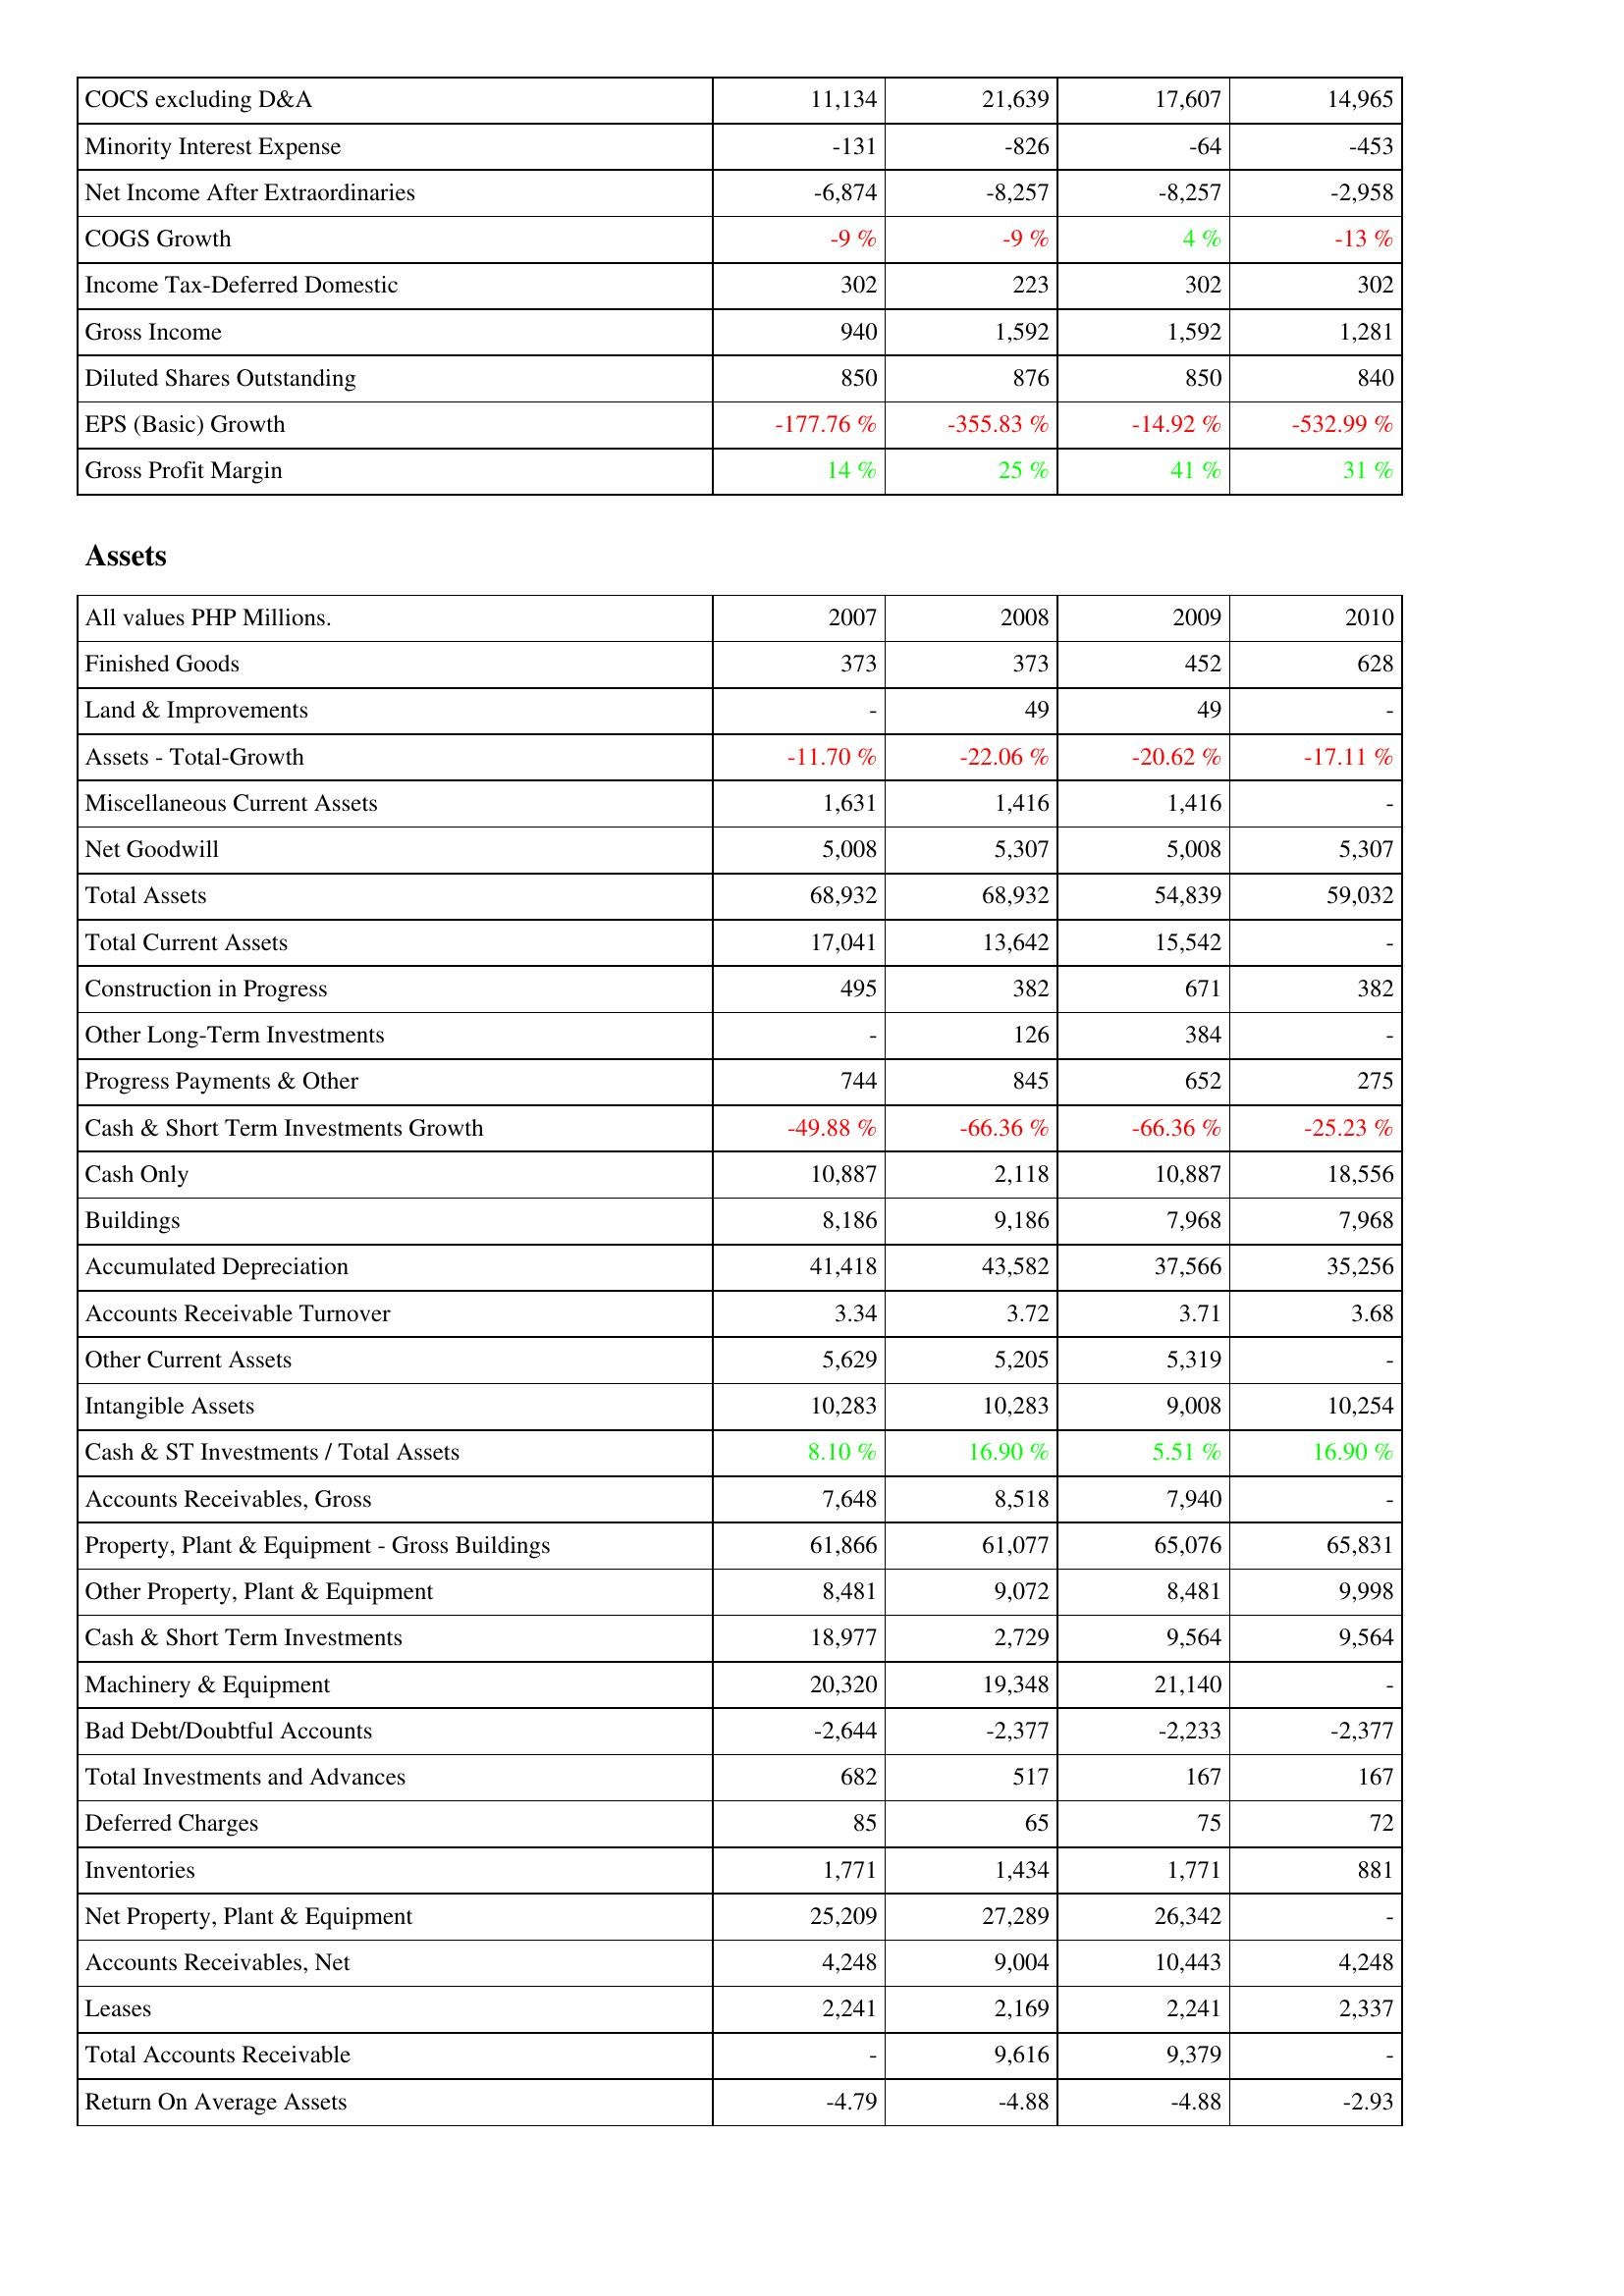
2007: Income Statement: COCS excluding D&A: 11,134
Minority Interest Expense: -131
Net Income After Extraordinaries: -6,874
COGS Growth: -9 %
Income Tax-Deferred Domestic: 302
Gross Income: 940
Diluted Shares Outstanding: 850
EPS (Basic) Growth: -177.76 %
Gross Profit Margin: 14 %
Assets: Finished Goods: 373
Land & Improvements: -
Assets - Total-Growth: -11.70 %
Miscellaneous Current Assets: 1,631
Net Goodwill: 5,008
Total Assets: 68,932
Total Current Assets: 17,041
Construction in Progress: 495
Other Long-Term Investments: -
Progress Payments & Other: 744
Cash & Short Term Investments Growth: -49.88 %
Cash Only: 10,887
Buildings: 8,186
Accumulated Depreciation: 41,418
Accounts Receivable Turnover: 3.34
Other Current Assets: 5,629
Intangible Assets: 10,283
Cash & ST Investments / Total Assets: 8.10 %
Accounts Receivables, Gross: 7,648
Property, Plant & Equipment - Gross Buildings: 61,866
Other Property, Plant & Equipment: 8,481
Cash & Short Term Investments: 18,977
Machinery & Equipment: 20,320
Bad Debt/Doubtful Accounts: -2,644
Total Investments and Advances: 682
Deferred Charges: 85
Inventories: 1,771
Net Property, Plant & Equipment: 25,209
Accounts Receivables, Net: 4,248
Leases: 2,241
Total Accounts Receivable: -
Return On Average Assets: -4.79
2008: Income Statement: COCS excluding D&A: 21,639
Minority Interest Expense: -826
Net Income After Extraordinaries: -8,257
COGS Growth: -9 %
Income Tax-Deferred Domestic: 223
Gross Income: 1,592
Diluted Shares Outstanding: 876
EPS (Basic) Growth: -355.83 %
Gross Profit Margin: 25 %
Assets: Finished Goods: 373
Land & Improvements: 49
Assets - Total-Growth: -22.06 %
Miscellaneous Current Assets: 1,416
Net Goodwill: 5,307
Total Assets: 68,932
Total Current Assets: 13,642
Construction in Progress: 382
Other Long-Term Investments: 126
Progress Payments & Other: 845
Cash & Short Term Investments Growth: -66.36 %
Cash Only: 2,118
Buildings: 9,186
Accumulated Depreciation: 43,582
Accounts Receivable Turnover: 3.72
Other Current Assets: 5,205
Intangible Assets: 10,283
Cash & ST Investments / Total Assets: 16.90 %
Accounts Receivables, Gross: 8,518
Property, Plant & Equipment - Gross Buildings: 61,077
Other Property, Plant & Equipment: 9,072
Cash & Short Term Investments: 2,729
Machinery & Equipment: 19,348
Bad Debt/Doubtful Accounts: -2,377
Total Investments and Advances: 517
Deferred Charges: 65
Inventories: 1,434
Net Property, Plant & Equipment: 27,289
Accounts Receivables, Net: 9,004
Leases: 2,169
Total Accounts Receivable: 9,616
Return On Average Assets: -4.88
2009: Income Statement: COCS excluding D&A: 17,607
Minority Interest Expense: -64
Net Income After Extraordinaries: -8,257
COGS Growth: 4 %
Income Tax-Deferred Domestic: 302
Gross Income: 1,592
Diluted Shares Outstanding: 850
EPS (Basic) Growth: -14.92 %
Gross Profit Margin: 41 %
Assets: Finished Goods: 452
Land & Improvements: 49
Assets - Total-Growth: -20.62 %
Miscellaneous Current Assets: 1,416
Net Goodwill: 5,008
Total Assets: 54,839
Total Current Assets: 15,542
Construction in Progress: 671
Other Long-Term Investments: 384
Progress Payments & Other: 652
Cash & Short Term Investments Growth: -66.36 %
Cash Only: 10,887
Buildings: 7,968
Accumulated Depreciation: 37,566
Accounts Receivable Turnover: 3.71
Other Current Assets: 5,319
Intangible Assets: 9,008
Cash & ST Investments / Total Assets: 5.51 %
Accounts Receivables, Gross: 7,940
Property, Plant & Equipment - Gross Buildings: 65,076
Other Property, Plant & Equipment: 8,481
Cash & Short Term Investments: 9,564
Machinery & Equipment: 21,140
Bad Debt/Doubtful Accounts: -2,233
Total Investments and Advances: 167
Deferred Charges: 75
Inventories: 1,771
Net Property, Plant & Equipment: 26,342
Accounts Receivables, Net: 10,443
Leases: 2,241
Total Accounts Receivable: 9,379
Return On Average Assets: -4.88
2010: Income Statement: COCS excluding D&A: 14,965
Minority Interest Expense: -453
Net Income After Extraordinaries: -2,958
COGS Growth: -13 %
Income Tax-Deferred Domestic: 302
Gross Income: 1,281
Diluted Shares Outstanding: 840
EPS (Basic) Growth: -532.99 %
Gross Profit Margin: 31 %
Assets: Finished Goods: 628
Land & Improvements: -
Assets - Total-Growth: -17.11 %
Miscellaneous Current Assets: -
Net Goodwill: 5,307
Total Assets: 59,032
Total Current Assets: -
Construction in Progress: 382
Other Long-Term Investments: -
Progress Payments & Other: 275
Cash & Short Term Investments Growth: -25.23 %
Cash Only: 18,556
Buildings: 7,968
Accumulated Depreciation: 35,256
Accounts Receivable Turnover: 3.68
Other Current Assets: -
Intangible Assets: 10,254
Cash & ST Investments / Total Assets: 16.90 %
Accounts Receivables, Gross: -
Property, Plant & Equipment - Gross Buildings: 65,831
Other Property, Plant & Equipment: 9,998
Cash & Short Term Investments: 9,564
Machinery & Equipment: -
Bad Debt/Doubtful Accounts: -2,377
Total Investments and Advances: 167
Deferred Charges: 72
Inventories: 881
Net Property, Plant & Equipment: -
Accounts Receivables, Net: 4,248
Leases: 2,337
Total Accounts Receivable: -
Return On Average Assets: -2.93